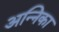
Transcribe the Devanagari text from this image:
अन्निका